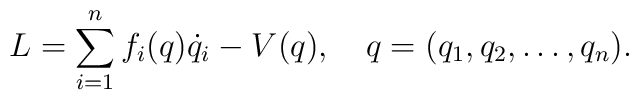
L=\sum_{i=1}^{n}f_i(q) \dot q_i- V(q), \quad q=(q_1,q_2, \ldots , q_n){.}